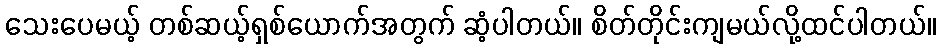
သေးပေမယ့် တစ်ဆယ့်ရှစ်ယောက်အတွက် ဆံ့ပါတယ်။ စိတ်တိုင်းကျမယ်လို့ထင်ပါတယ်။